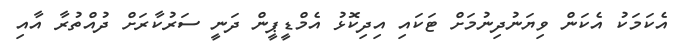
އެކަމަކު އެކަން ވިޔަނުދިނުމަށް ޓަކައި އިދިކޮޅު އެމްޑީޕީން ދަނީ ސަރުކާރަށް ދުއްތުރާ އާއި